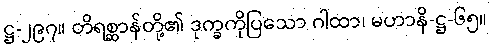
ဋ္ဌ-၂၉၇။ တိရစ္ဆာန်တို့၏ ဒုက္ခကိုပြသော ဂါထာ၊ မဟာနိ-ဋ္ဌ-၆၅။